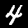
Digit: 4